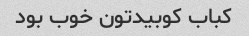
کباب کوبیدتون خوب بود